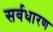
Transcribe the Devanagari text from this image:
सर्वधारण